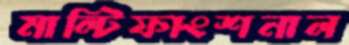
মাল্টিফাংশনাল